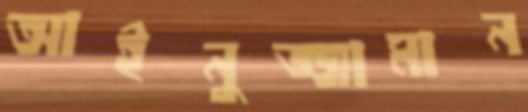
আইনুজ্জামান